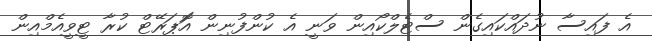
އެ ފައިސާ ނުދައްކައިގެން ސްޓެލްކޯއިން ވަނީ އެ ކުންފުނިން އޮަޕަރޭޓް ކުރާ ޓީވީއެމްއިން